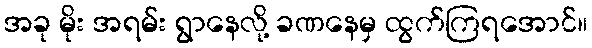
အခု မိုး အရမ်း ရွာနေလို့ ခဏနေမှ ထွက်ကြရအောင်။